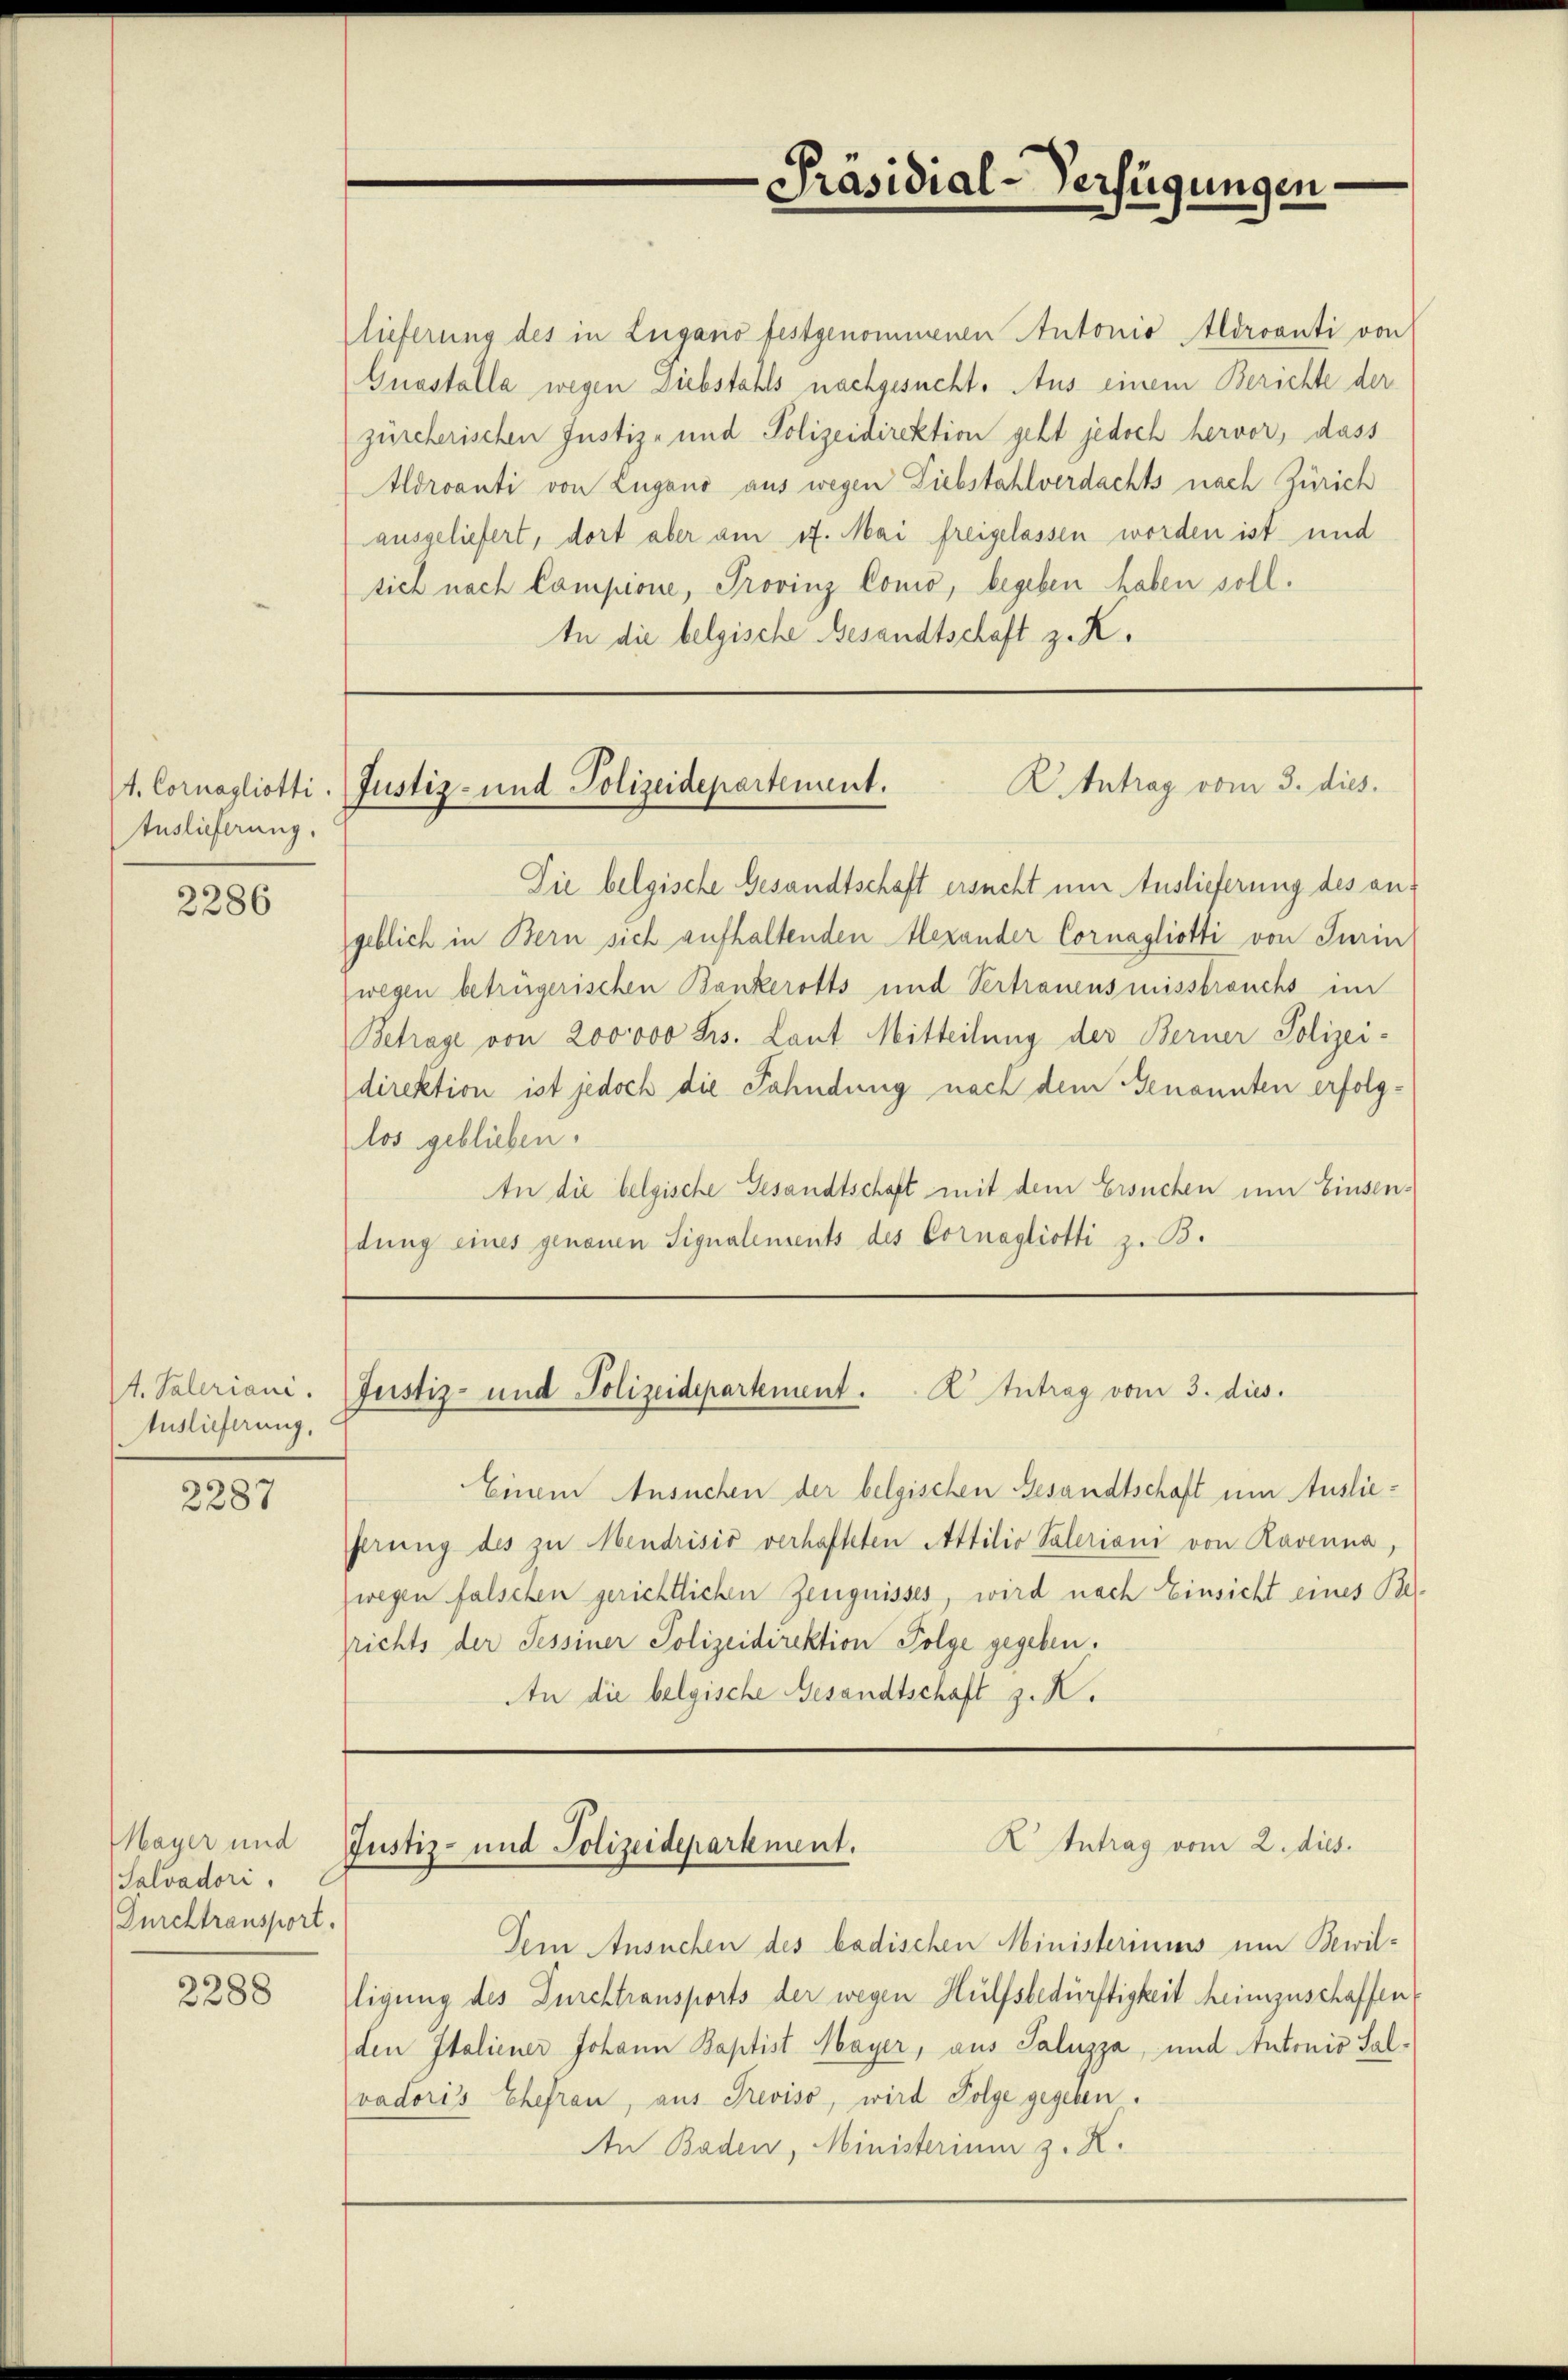
Auslieferung.

2286

4. Paleriani.
Auslieferung.

2287

Mayer und
Salvadori.
Durchtransport.

2288

Die belgische Gesandtschaft ersucht um Auslieferung des angeblich in Bern sich aufhaltenden Alexander Cornagliotti von Turin
wegen betrügerischen Bankerotts und Vertrauensmissbrauchs im
Betrage von 200000 Frs. Laut Mitteilung der Berner Polizei-
direktion ist jedoch die Fahndung nach dem Genannten erfolglos geblieben.
An die belgische Gesandtschaft mit dem Ersuchen um Einsendung eines genauen Signalements des Cornagliotti z. B.

lieferung des in Lugano festgenommenen Antonio Aldroanti von
Guastalla wegen Diebstahls nachgesucht. Aus einem Berichte der
zürcherischen Justiz- und Polizeidirektion geht jedoch hervor, dass
Aldranti von Zugano aus wegen Liebstahlverdachts nach Zürich
ausgeliefert, dort aber am 17. Mai freigelassen worden ist und
sich nach Compione, Provinz Conio, begeben haben soll.
In die belgische Besandtschaft z. K.

Einem Ansuchen der belgischen Gesandtschaft um Auslieferung des zu Mendrisis verhafteten Attilio Paleriani von Ravenna,
wegen falschen gerichtlichen Zeugnisses, wird nach Einsicht eines Bezrichts der Tessiner Polizeidirektion Folge gegeben.
An die belgische Gesandtschaft z. K.

Dein Ansuchen des badischen Ministeriums um Bewilligung des Durchtransports der wegen Hülfsbedürftigkeit heimzuschaffen
den Italiener Johann Baptist Mayer, aus Saluzza, und Antonio Salvodoris Ehefrau, aus Treviso, wird Folge gegeben.
An Baden, Ministerium z. K.

Präsidial-Verfügungen

K.Antrag vom 3. dies
4. Cornagliotti. Justiz- und Polizeidepartement.

Justiz- und Polizeidepartement. K. Antrag vom 3. dies

K Intrag vom 2. dies
Justiz- und Polizeidepartement.